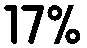
17%